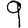
Digit: 9